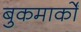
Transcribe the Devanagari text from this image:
बुकमार्कों